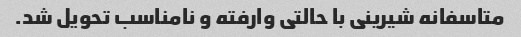
متاسفانه شیرینی با حالتی وارفته و نامناسب تحویل شد.